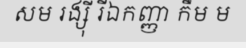
សម រង្ស៊ី រីឯកញ្ញា កឹម ម